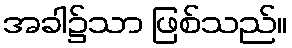
အခါ၌သာ ဖြစ်သည်။